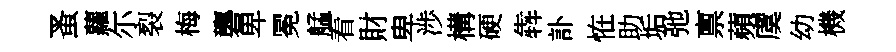
蚤蘿尓裂梅礱卑冕艋看財卑渉構硬犇訃恠助垢弛禀蘋虞幼機